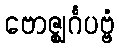
ဗောဇ္ဈင်္ဂပဗ္ဗံ